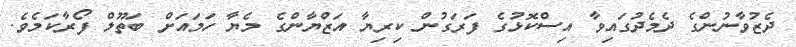
ދެޒުވާނުންގެ ދެމެދުގައިވާ އިސްކޮޅުގެ ފަރަގުން ކިރިޔާ އަޒްޔާންގެ މެޔާ ހަމައަށް ބަތޫލް ފޯރާކަމެވެ.